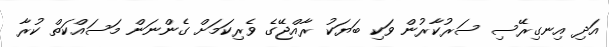
އަދި އިނގިރޭސި ސަރުކާރުން ވަކި ބަޔަކު ރާއްޖޭގެ ވެރިކަމަށް ގެންނަން މަސައްކަތް ކުރާ